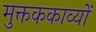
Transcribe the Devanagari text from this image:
मुक्तककाव्यों